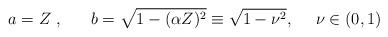
LaTeX: \begin{align*} a=Z\ ,\ \ \ \ \ b=\sqrt{1-(\alpha Z)^2} \equiv \sqrt{1- \nu^2},\ \ \ \ \nu\in (0,1)\end{align*}